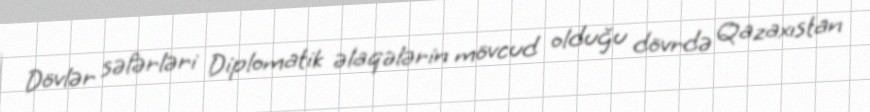
Dövlər səfərləri Diplomatik əlaqələrin mövcud olduğu dövrdə Qazaxıstan